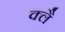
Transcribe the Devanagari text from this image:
क्लै